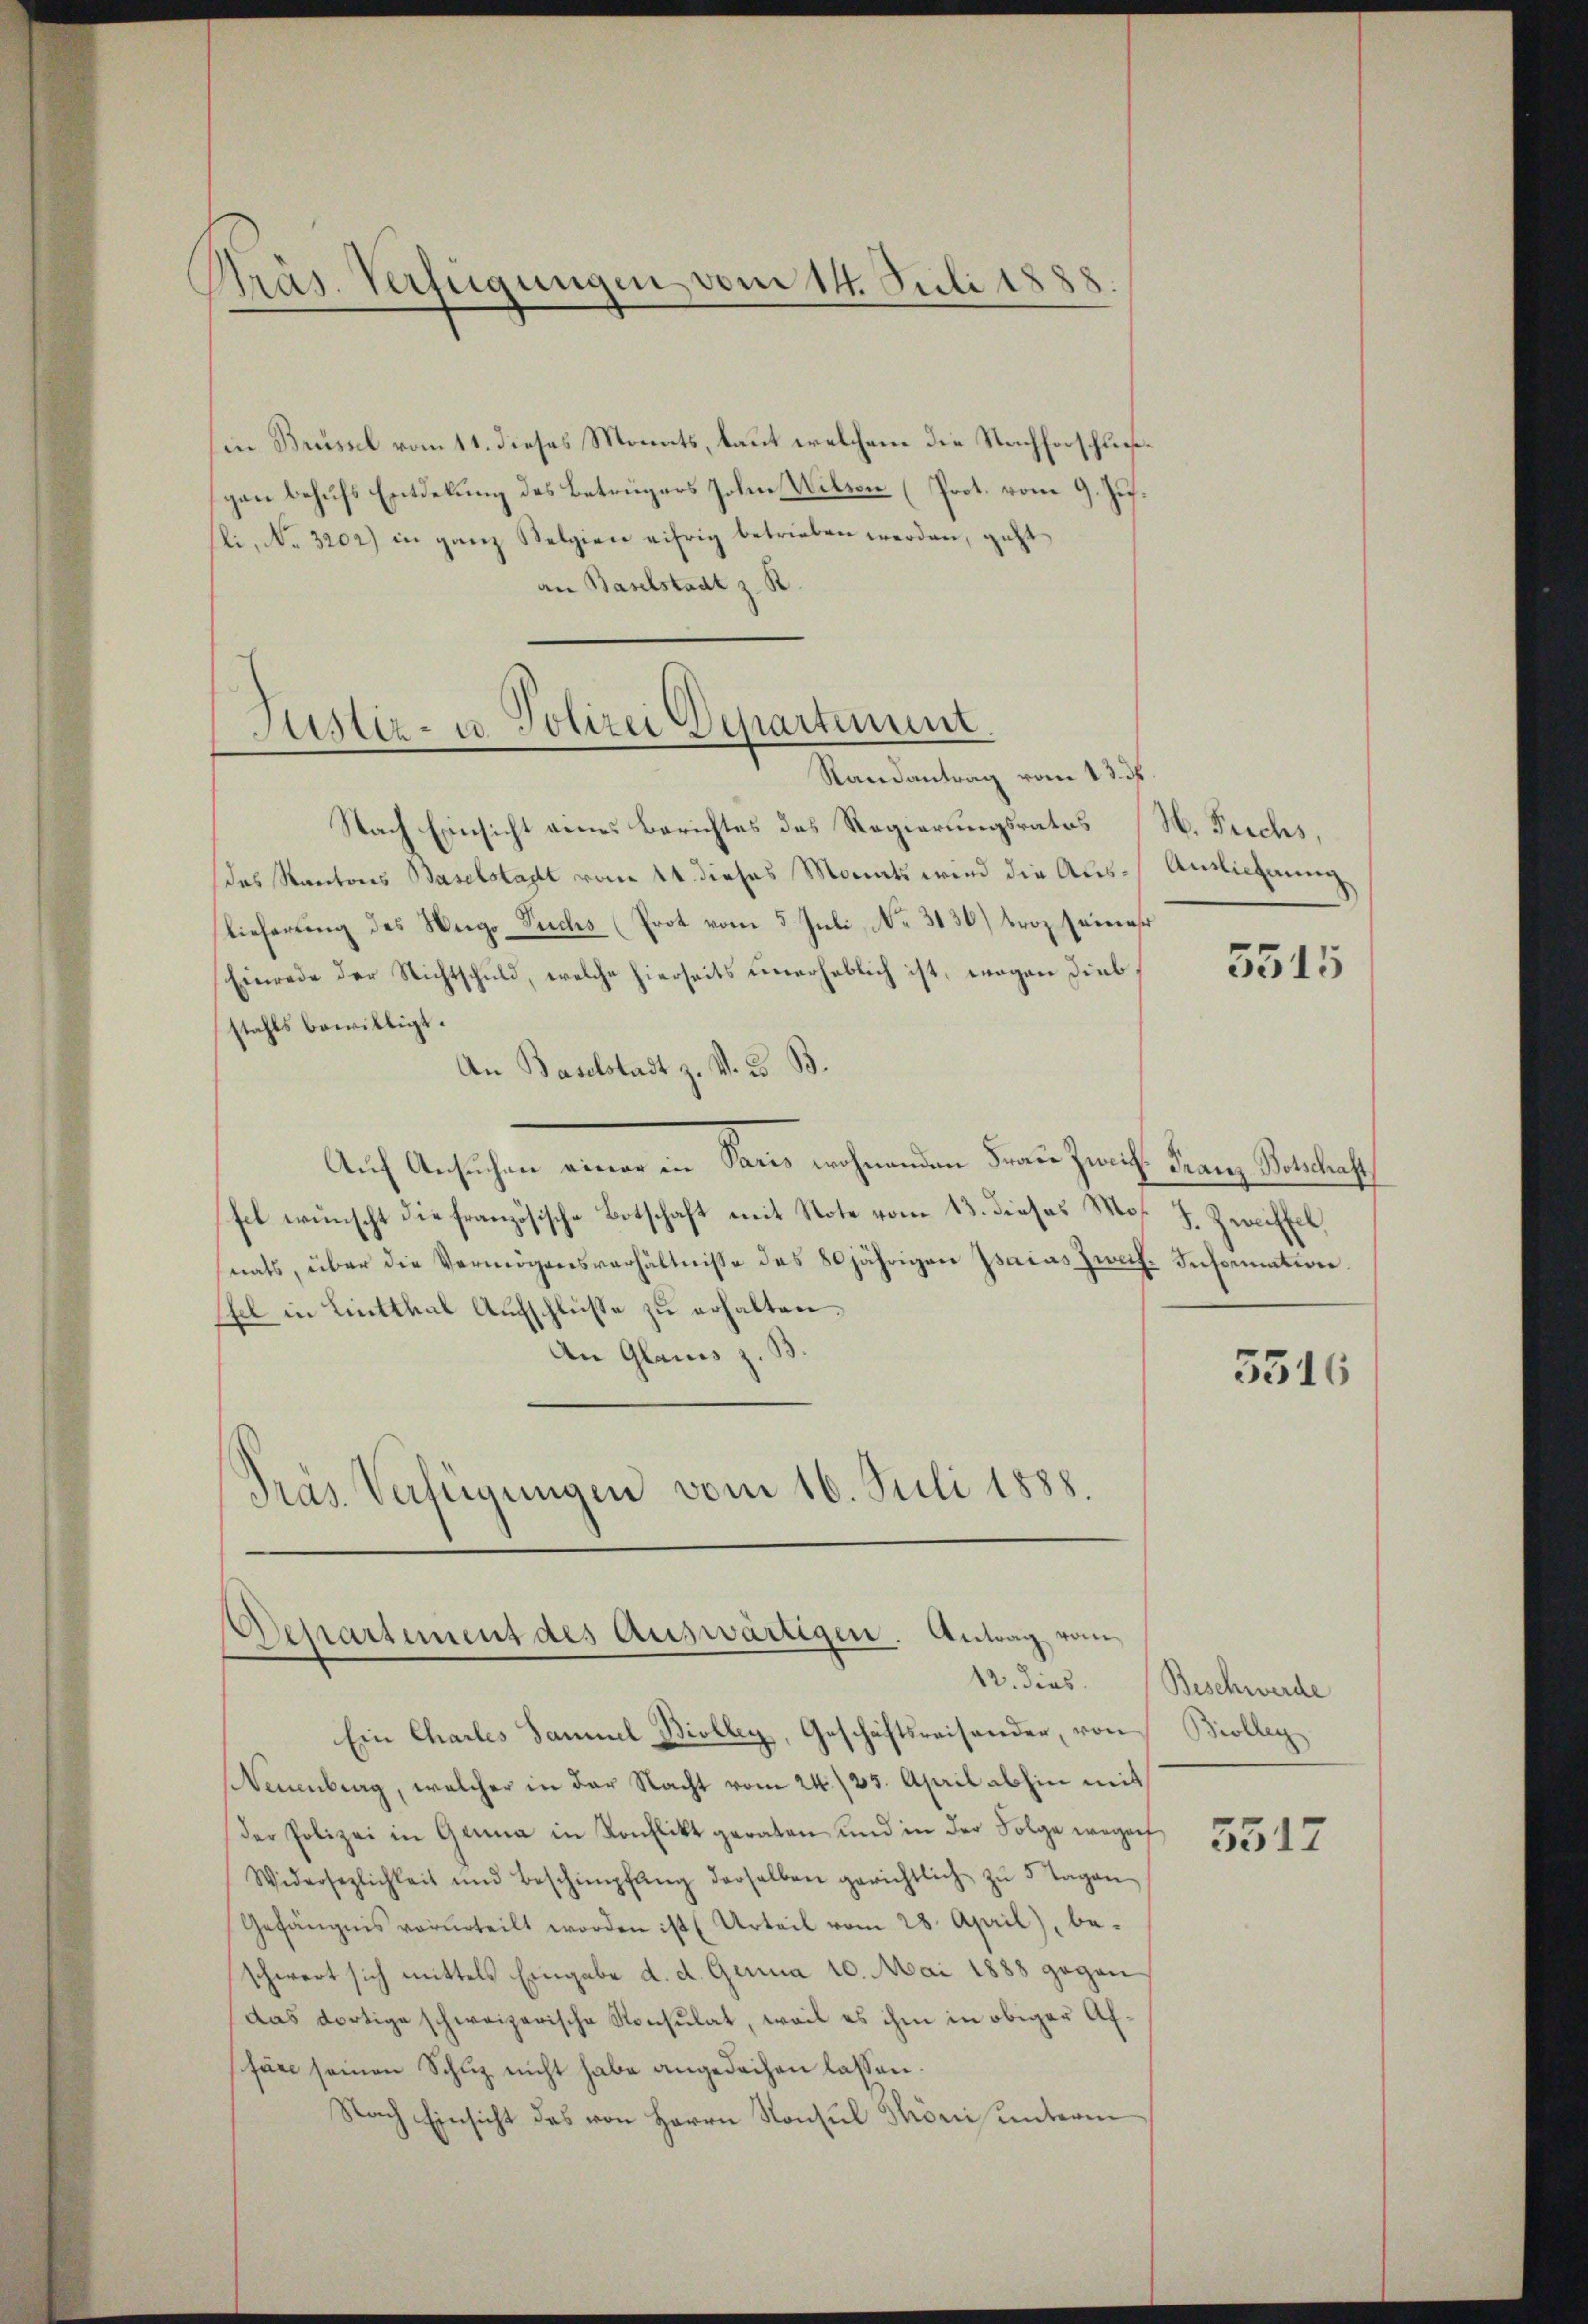
Präs. Verfügungen vom 14. Juli 1888

(in Brüssel vom 11. dieses Monats, laut welchem die Nachforschließgan behufs Entdekung des Betrügers Johan Wilter (Prot. vom 9. Jus.
li, No. 3202) in ganz Kelgien eifrig betrieben werden, geht
an Baselstadt z. B

Justiz- u. Polizei Departement.
Randantrag vom 13. ds.

Nach Einsicht eines Berichtes des Regierungsrates H. Prechs,
das Kantons Baselstadt vom 14. dieses Monats wird die Aus- Auslichnung
lieferung des Weige Suchs (Prot vom 5. Juli, No. 3130) troz seiner
Einrede der Nichtschuld, welche hierseits unerheblich ist, wegen Diebstahls bewilligt.
An Baselstadt z. V. B. B.
Auf Ansuchen einer ein Sand wohnenden Frau Zürich Franz-Setelenst
fel wünscht die französische Botschaft mit Note vom 13. dieses Mos. J. Zweiffel,
nats, über die Vermögensverhältnisse des 80jährigen Isacas Zweif. Information.
Esel in Lintthal Aufschlüße zu erhalten.
An Glarus z. B.
Präs. Verfügungen vom 16. Juli 1888.

Ein Chartes Samuel Biolley, Geschäftsreisander, von Biolleg
Neuenburg, welcher in der Nacht vom 24./25. April abhin mit
der Polizei in Gerna in Konflikt geraten und in der Folge wegen
Widersezlichkeit und Beschimpfŭng derselben gerichtlich zŭ 5 Tagen
Gefängnis vorurteilt worden ist (Urteil vom 28. April), be-
schwert sich mittels Eingabe d. d. Genua 10. Mai 1888 gegen
das dortige schweizerische Konsulat, weil es ihm in obiger Affäre seinen Schuz nicht habe angedachen lassen.
Nach Einsicht des von Herrn Konsul Thoni unterm

Departement des Auswärtigen. Antrag vom

5515

3316

12. dies. Beschwerde

5517